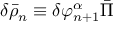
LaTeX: \delta \bar { \rho } _ { n } \equiv \delta \varphi _ { n + 1 } ^ { \alpha } \bar { \Pi }